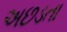
અછડતા